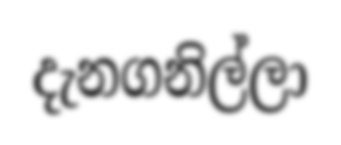
දැනගනිල්ලා